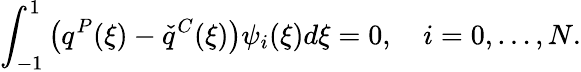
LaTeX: \int_{-1}^{1}\left(q^{P}(\xi)-\check{q}^{C}(\xi)\right)\psi_{i}(\xi)d\xi=0,\quad i=0,\ldots,N.